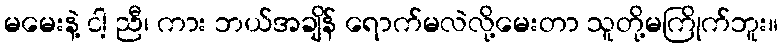
မမေးနဲ့ ငါ့ ညီ၊ ကား ဘယ်အချိန် ရောက်မလဲလို့မေးတာ သူတို့မကြိုက်ဘူး။